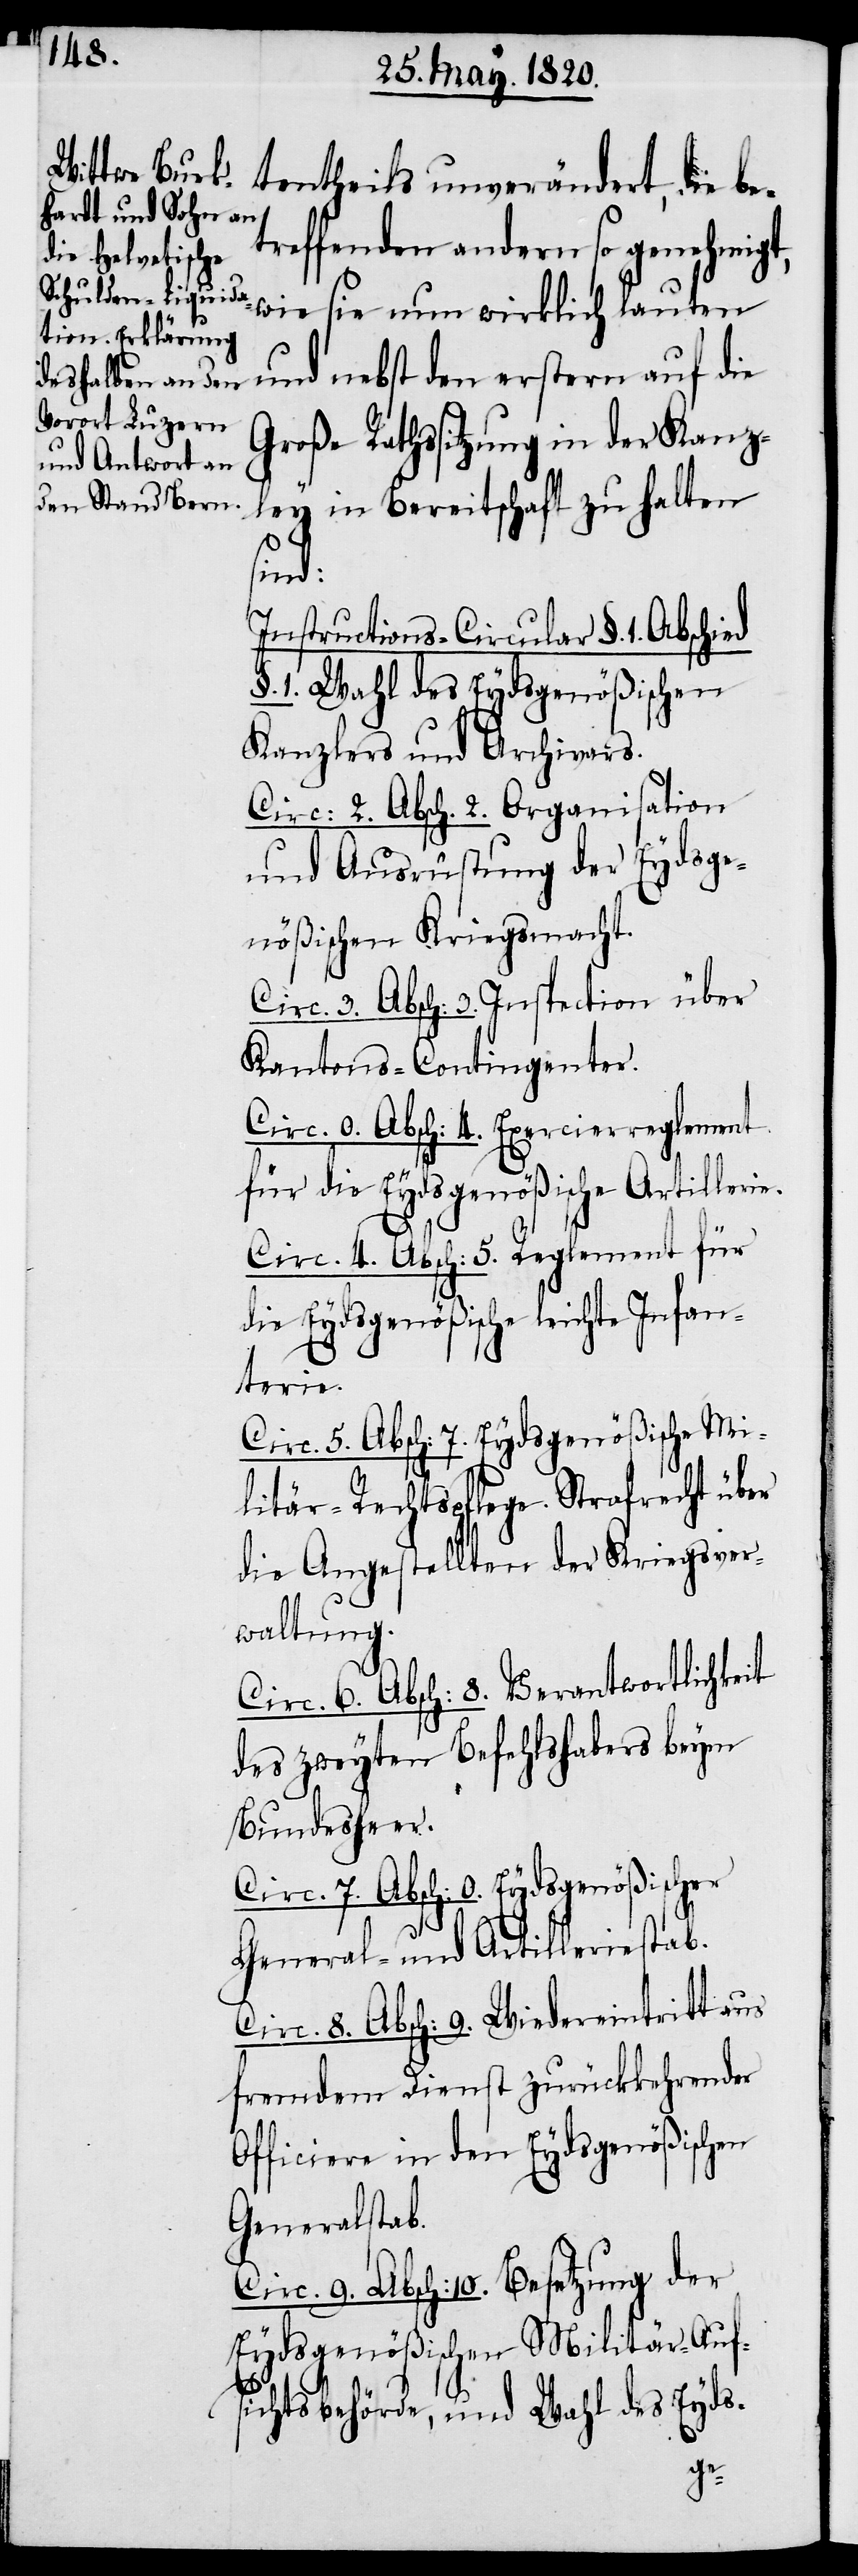
tentheils unverändert, die be¬
treffenden andern so genehmigt,
wie sie nun wirklich lauten
und nebst den erstern auf die
Große Rathssitzung in der Kanz¬
ley in Bereitschaft zu halten
sind:
Instructions-Circular §. 1. Abschied
§. 1. Wahl des Eydsgenößischen
Kanzlers und Archivars.
Circ: 2. Absch. 2. Organisation
und Ausrüstung der Eydsge¬
nößischen Kriegsmacht.
Circ. 3. Absch: 3. Instruction über
Kantons-Contingenter.
Circ. 0. Absch: 4. Exercierreglement
für die Eydsgenößische Artillerie.
Circ. 4. Absch: 5. Reglement für
die Eydsgenößische leichte Infan¬
terie.
Circ. 5. Absch: 7. Eydsgenößische Mi¬
litär-Rechtspflege. Strafrecht über
die Angestellten der Kriegsver¬
waltung.
Circ. 6. Absch: 8. Verantwortlichkeit
des zweyten Befehlshabers beym
Bundesheer.
Circ. 7. Absch: 0. Eydsgenößischer
General- und Artilleriestab.
Circ. 8. Absch: 9. Wiedereintritt aus
fremdem Dienst zurückkehrender
Officiere in den Eydsgenößischen
Generalstab.
Circ. 9. Absch: 10. Besetzung der
Eydsgenößischen Militär-Auf¬
sichtsbehörde, und Wahl des Eyds-